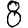
Digit: 8